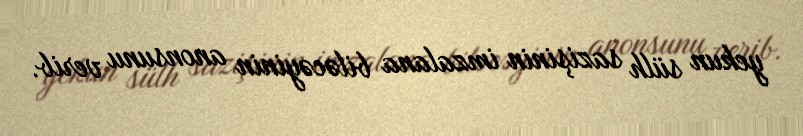
yekun sülh sazişinin imzalana biləcəyinin anonsunu verib.